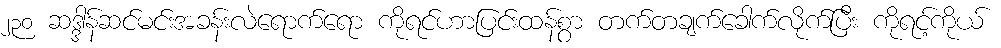
၂၃၀ ဆဒ္ဒါန်ဆင်မင်းအခန်းလဲရောက်ရော ကိုရင်ဟာပြင်းထန်စွာ တက်တချက်ခေါက်လိုက်ပြီး ကိုရင့်ကိုယ်